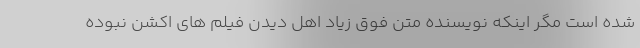
شده است مگر اینکه نویسنده متن فوق زیاد اهل دیدن فیلم های اکشن نبوده